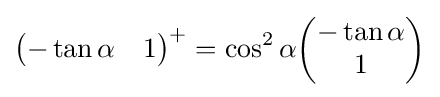
{\begin{pmatrix}-\tan \alpha &1\end{pmatrix}}^{+}=\cos ^{2}\alpha {\begin{pmatrix}-\tan \alpha \\1\end{pmatrix}}